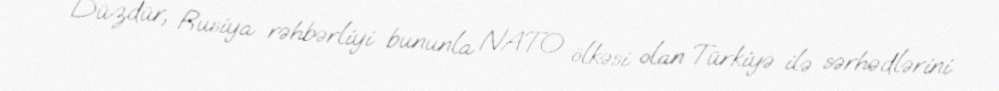
Düzdür, Rusiya rəhbərliyi bununla NATO ölkəsi olan Türkiyə ilə sərhədlərini